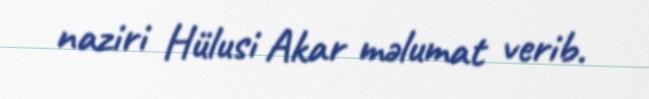
naziri Hülusi Akar məlumat verib.